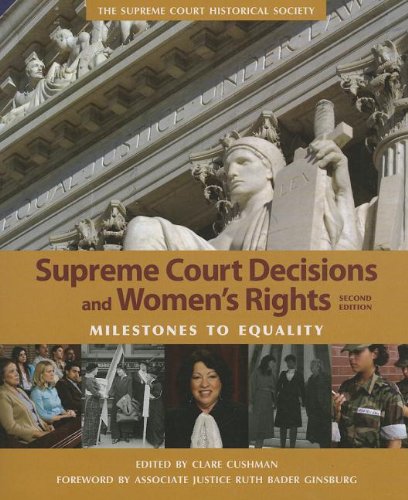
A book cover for Supreme Court Decisions and Womens Rights; Clare Cushman; Law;